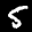
Label: 5